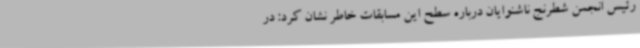
رئیس انجمن شطرنج ناشنوایان درباره سطح این مسابقات خاطر نشان کرد: در